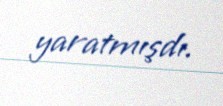
yaratmışdı.